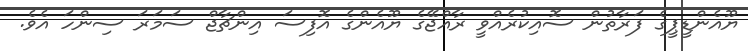
ޔޫއެންޑީޕީގެ ފަރާތުން ސޮއިކުރެއްވީ ރާއްޖޭގެ ޔޫއެންގެ އޮފިސަ އިންޗާޖް ސަމަރަ ސިންހަ އެވެ.